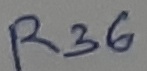
Text: R36